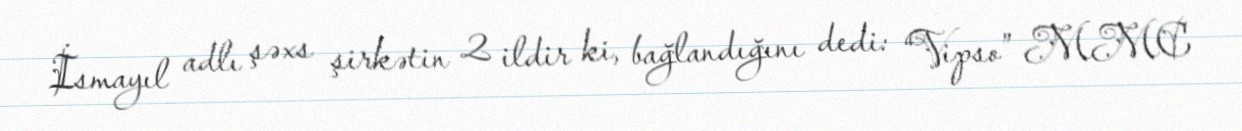
İsmayıl adlı şəxs şirkətin 2 ildir ki, bağlandığını dedi: “Vipso” MMC